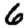
Digit: 6